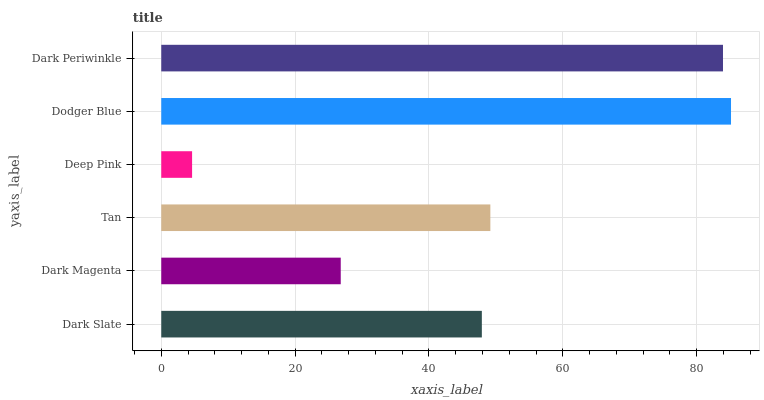
| yaxis_label | bars |
 | --- | --- |
 | Dark Slate | 47.9 |
 | Dark Magenta | 26.8 |
 | Tan | 49.2 |
 | Deep Pink | 4.61 |
 | Dodger Blue | 85.1 |
 | Dark Periwinkle | 83.9 |